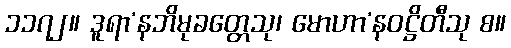
၁၁၇၂။ ဒူရာ’နဘိမုခတ္တေသု၊ မောဟာ’နဝဋ္ဌိတီသု စ။